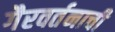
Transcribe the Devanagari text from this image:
गैरवर्तनाची